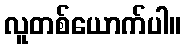
လူတစ်ယောက်ပါ။